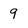
Character: 9